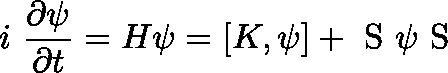
i ~ \frac { \partial \psi } { \partial t } = H \psi = [ K , \psi ] + \mathrm { \boldmath ~ S ~ } \psi \mathrm { \boldmath ~ S ~ }